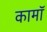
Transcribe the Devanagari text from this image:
कामॉ